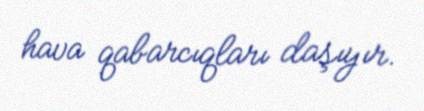
hava qabarcıqları daşıyır.